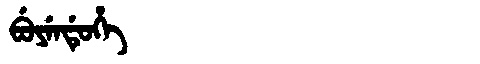
Manchu: ᠪᡠᠶᡝᠨᡩᡠᡥᡝ
Romanization: BUYENDUHE